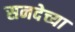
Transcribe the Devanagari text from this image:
सनदेच्या